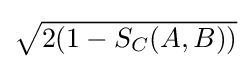
{\textstyle {\sqrt {2(1-S_{C}(A,B))}}}